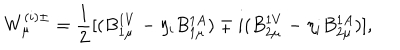
W _ { \mu } ^ { ( i ) \pm } = \frac { 1 } { 2 } [ ( B _ { 1 \mu } ^ { 1 V } - \eta _ { i } B _ { 1 \mu } ^ { 1 A } ) \mp i ( B _ { 2 \mu } ^ { 1 V } - \eta _ { i } B _ { 2 \mu } ^ { 1 A } ) ] ,